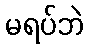
မရပ်ဘဲ